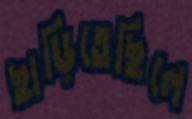
ছাড়িতেছিলে